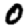
Digit: 0